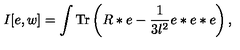
I [ e , w ] = \int \mathrm { T r } \left( R * e - { \frac { 1 } { 3 l ^ { 2 } } } e * e * e \right) ,